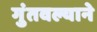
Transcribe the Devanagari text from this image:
गुंतवल्याने